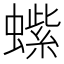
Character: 𬠭